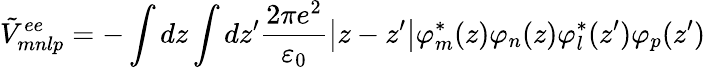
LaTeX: {\tilde{V}}_{mnlp}^{ee}=-\int{dz\int{dz{'}\frac{2\pi e^{2}}{{\varepsilon}_{0}}\left|z-z{'}\right|{\varphi}_{m}^{*}(z)}}{\varphi}_{n}(z){\varphi}_{l}^{*}(z{'}){\varphi}_{p}(z{'})